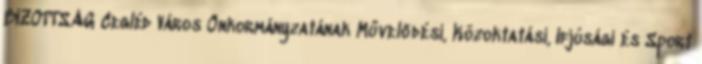
BIZOTTSÁG Cegléd Város Önkormányzatának Művelődési, Közoktatási, Ifjúsági és Sport